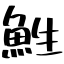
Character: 鮏